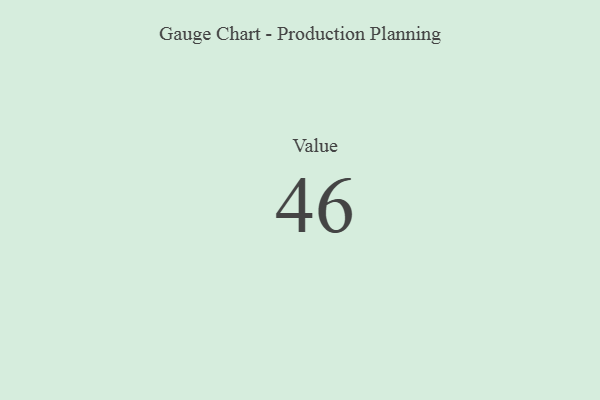
{"axis": {"x": "Metric", "y": "Value"}, "legend": [""], "data": [{"x": "Value", "y": 46, "type": ""}]}